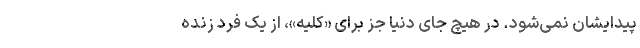
پیدایشان نمی‌شود. در هیچ جای دنیا جز برای «کلیه»، از یک فرد زنده